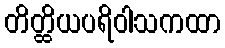
တိတ္ထိယပရိဝါသကထာ